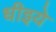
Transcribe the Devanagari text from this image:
धीइये